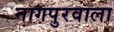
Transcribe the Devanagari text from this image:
नागपुरवाला